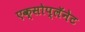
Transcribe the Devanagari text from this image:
एक्सोप्लॅनेट